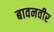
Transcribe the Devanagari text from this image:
बावनवीर